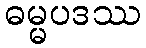
ဓမ္မပဒဿ